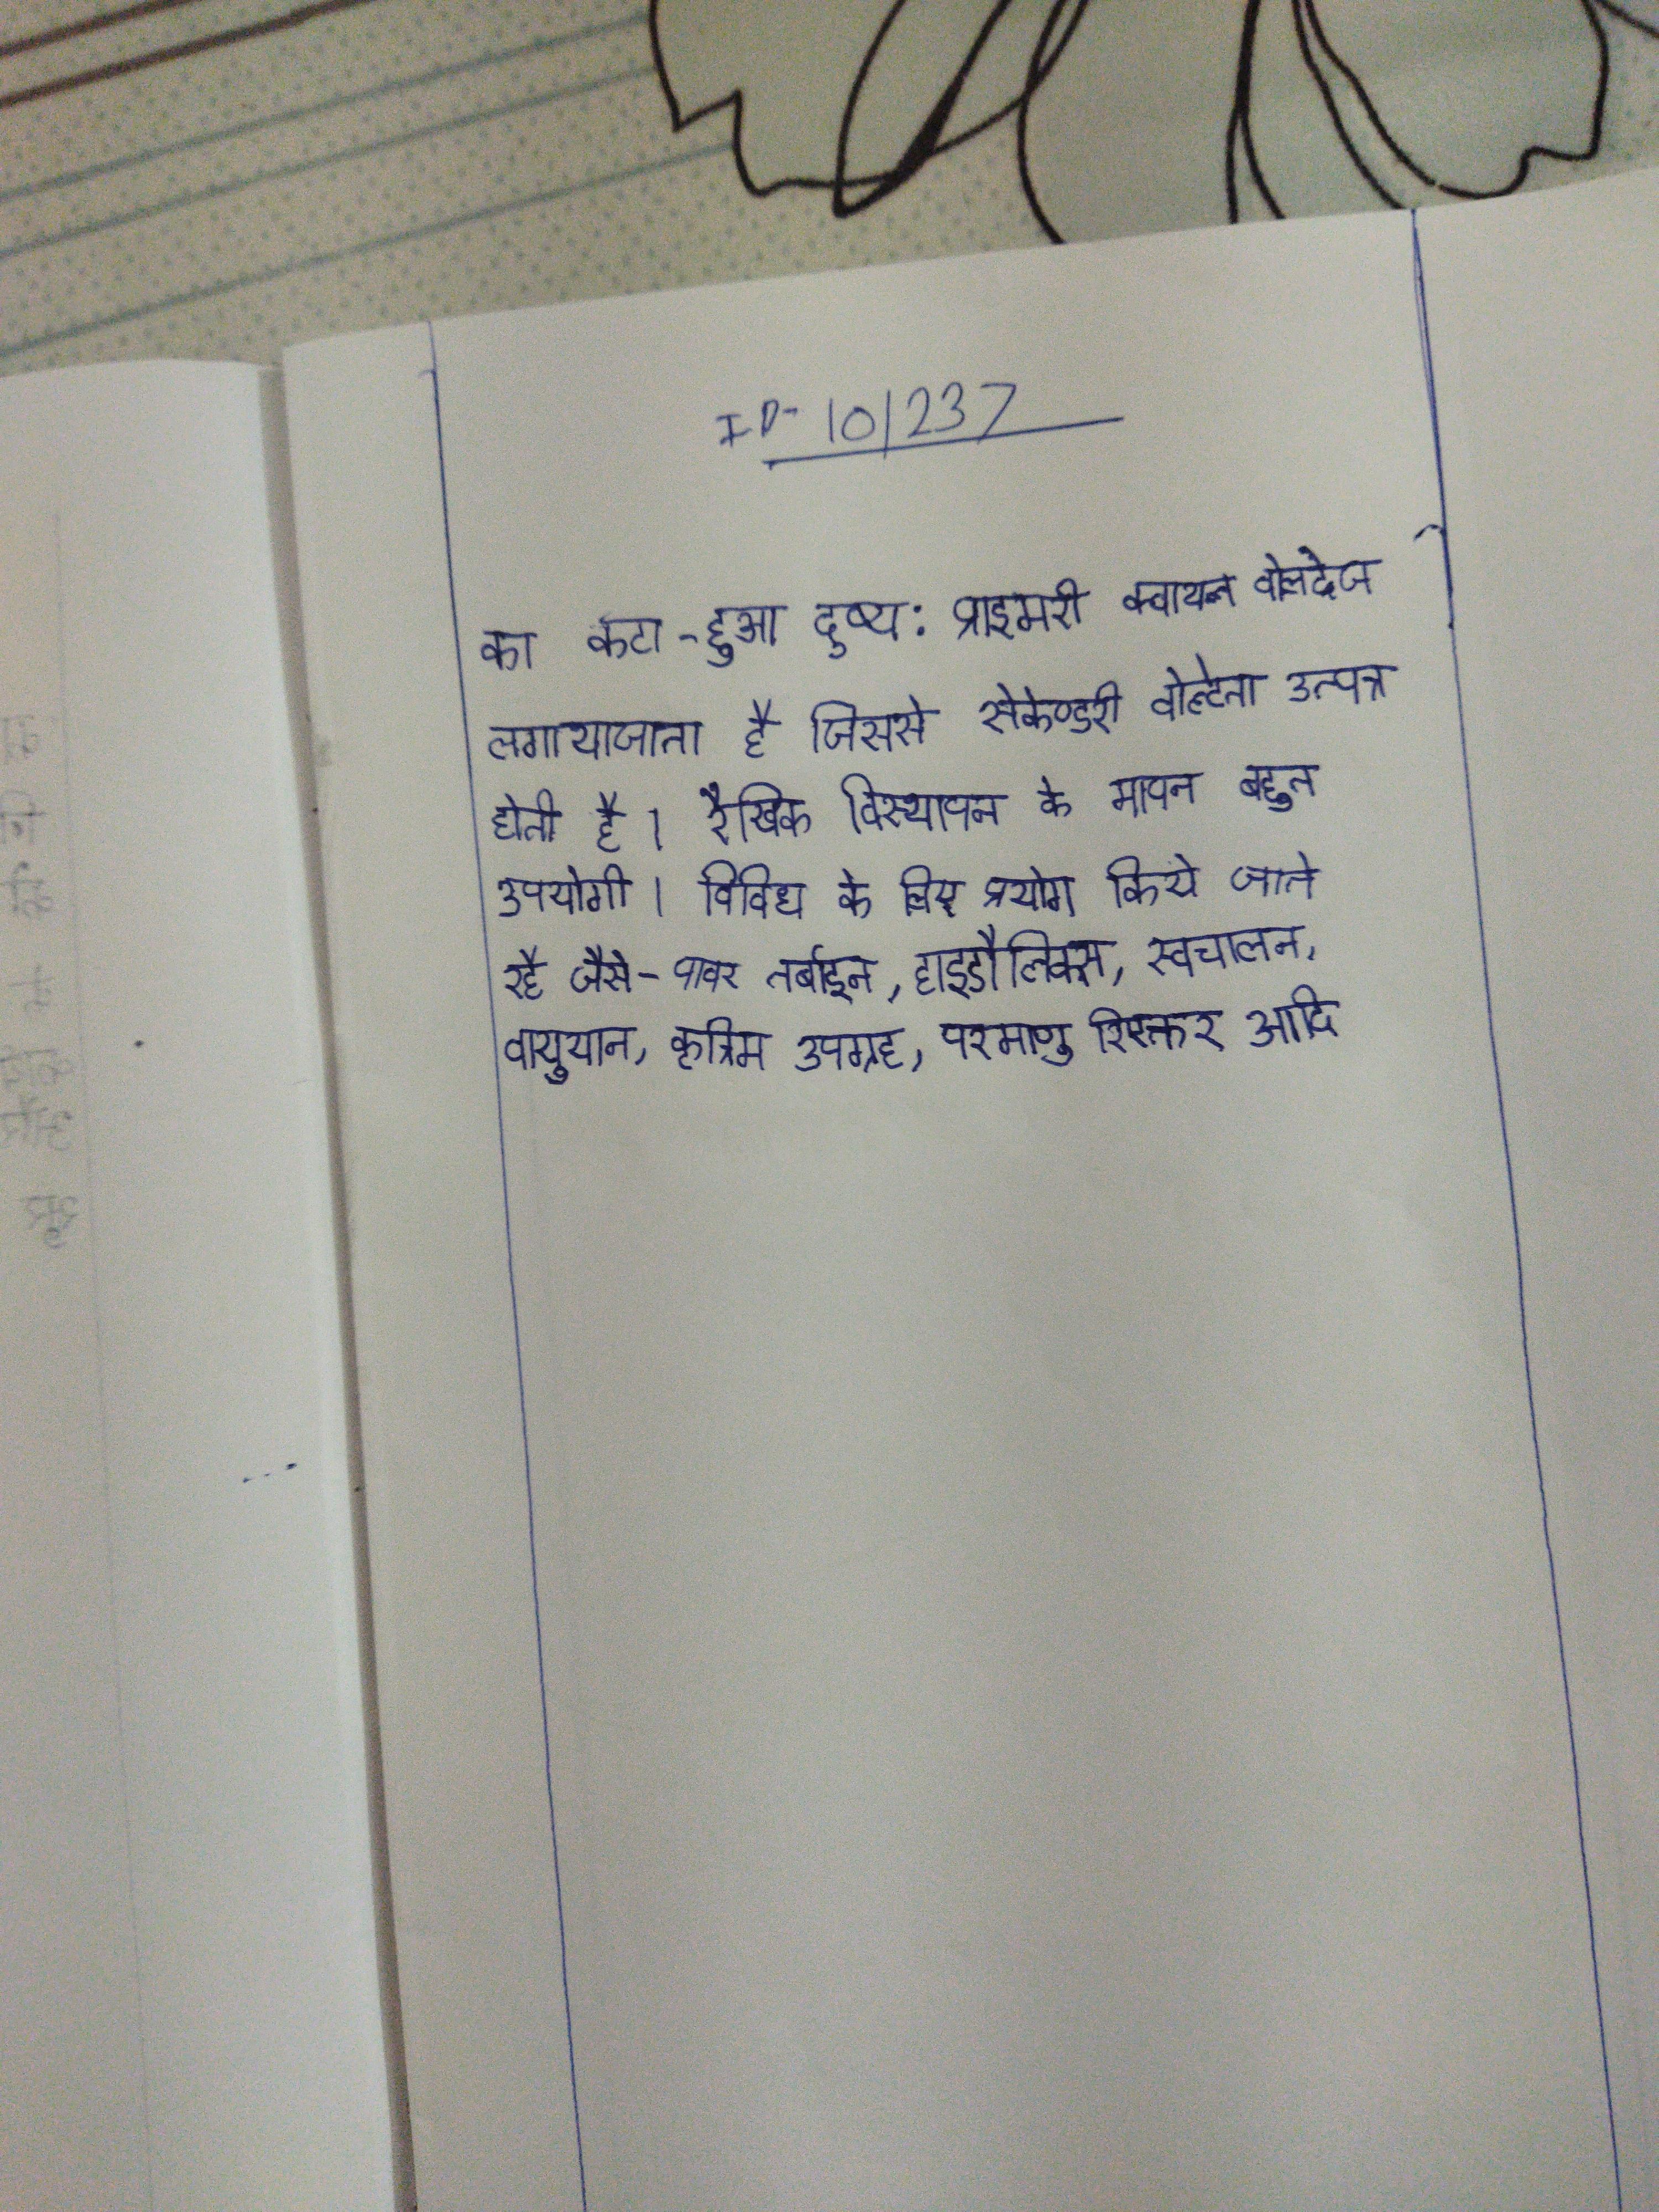
का कटा-हुआ दृष्य: प्राइमरी क्वायल वोल्टेज लगाया जाता है जिससे सेकेण्डरी वोल्टता उत्पन्न होती है । रैखिक विस्थापन के मापन बहुत उपयोगी । विविध के लिए प्रयोग किये जाते रहे जैसे- पावर तर्बाइन, हाइडौलिक्स, स्वचालन, वायुयान, कृत्रिम उपग्रह, परमाणु रिएक्तर आदि ।